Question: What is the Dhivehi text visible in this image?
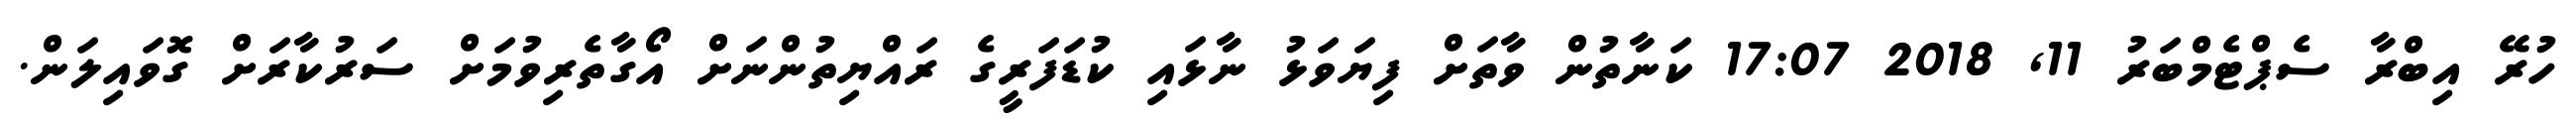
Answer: ހުރޭ އިބްރާ ސެޕްޓެމްބަރު 11, 2018 17:07 ކަނާތުން ވާތަށް ފިޔަވަޅު ނާޅައި ކުޑަފަރީގެ ރައްޔިތުންނަށް އޯގާތެރިވުމަށް ސަރުކާރަށް ގޮވައިލަން.